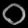
Digit: ၀